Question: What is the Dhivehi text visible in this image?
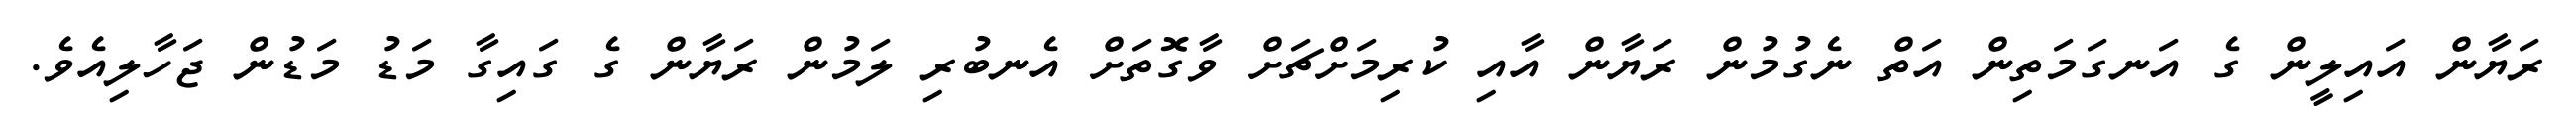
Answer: ރަޔާން އައިލީން ގެ އަނގަމަތިން އަތް ނެގުމުން ރަޔާން އާއި ކުރިމަށްޗަށް ވާގޮތަށް އެނބުރި ލަމުން ރަޔާން ގެ ގައިގާ މަޑު މަޑުން ޖަހާލިއެވެ.